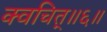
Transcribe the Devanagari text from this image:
क्वचित्॥६॥